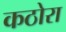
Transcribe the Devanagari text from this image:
कठोरा